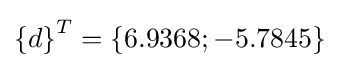
\left\{d\right\}^{T}=\left\{6.9368;-5.7845\right\}